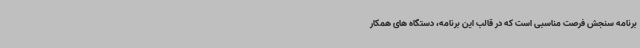
برنامه سنجش فرصت مناسبی است که در قالب این برنامه، دستگاه های همکار